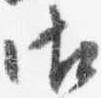
御